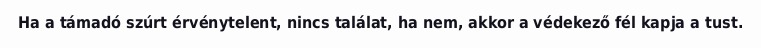
Ha a támadó szúrt érvénytelent, nincs találat, ha nem, akkor a védekező fél kapja a tust.